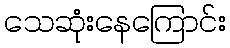
သေဆုံးနေကြောင်း